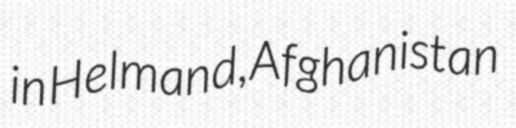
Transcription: in Helmand, Afghanistan